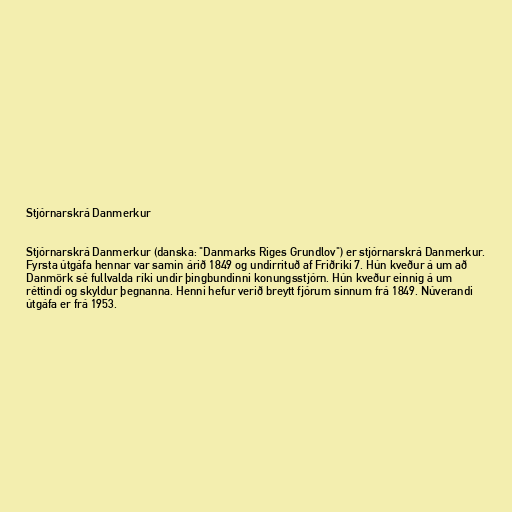
Stjórnarskrá Danmerkur

Stjórnarskrá Danmerkur (danska: "Danmarks Riges Grundlov") er stjórnarskrá Danmerkur.
Fyrsta útgáfa hennar var samin árið 1849 og undirrituð af Friðriki 7. Hún kveður á um að
Danmörk sé fullvalda ríki undir þingbundinni konungsstjórn. Hún kveður einnig á um
réttindi og skyldur þegnanna. Henni hefur verið breytt fjórum sinnum frá 1849. Núverandi
útgáfa er frá 1953.